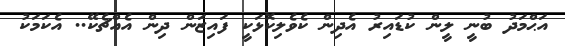
އަޙްމަދު ބުނީ ލީން ކުޑައިރު އެދިން ކެވެލިކޮޅަކީ ފައިޒަން ދިން އެއްޗެކޭ.. އެކަމަކު